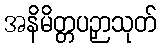
အနိမိတ္တပဉှာသုတ်